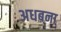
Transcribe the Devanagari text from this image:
अधबना